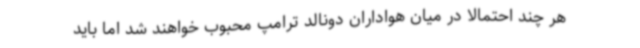
هر چند احتمالا در میان هواداران دونالد ترامپ محبوب خواهند شد اما باید